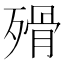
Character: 𣨺